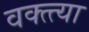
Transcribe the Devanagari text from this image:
वक्त्त्या